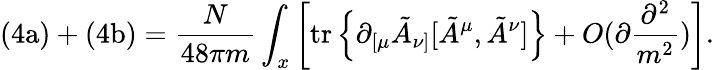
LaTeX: \mathrm{(4a)}+\mathrm{(4b)}=\frac{N}{48\pi m}\int_{x}\left[\mathrm{tr}\left\{ \partial_{[\mu}\tilde{A}_{\nu]}[\tilde{A}^{\mu},\tilde{A}^{\nu}]\right\} +O(\partial\frac{\partial^{2}}{m^{2}})\right].